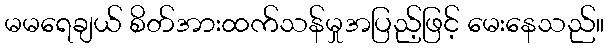
မမရေချယ် စိတ်အားထက်သန်မှုအပြည့်ဖြင့် မေးနေသည်။